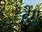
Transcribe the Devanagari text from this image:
हेंगु